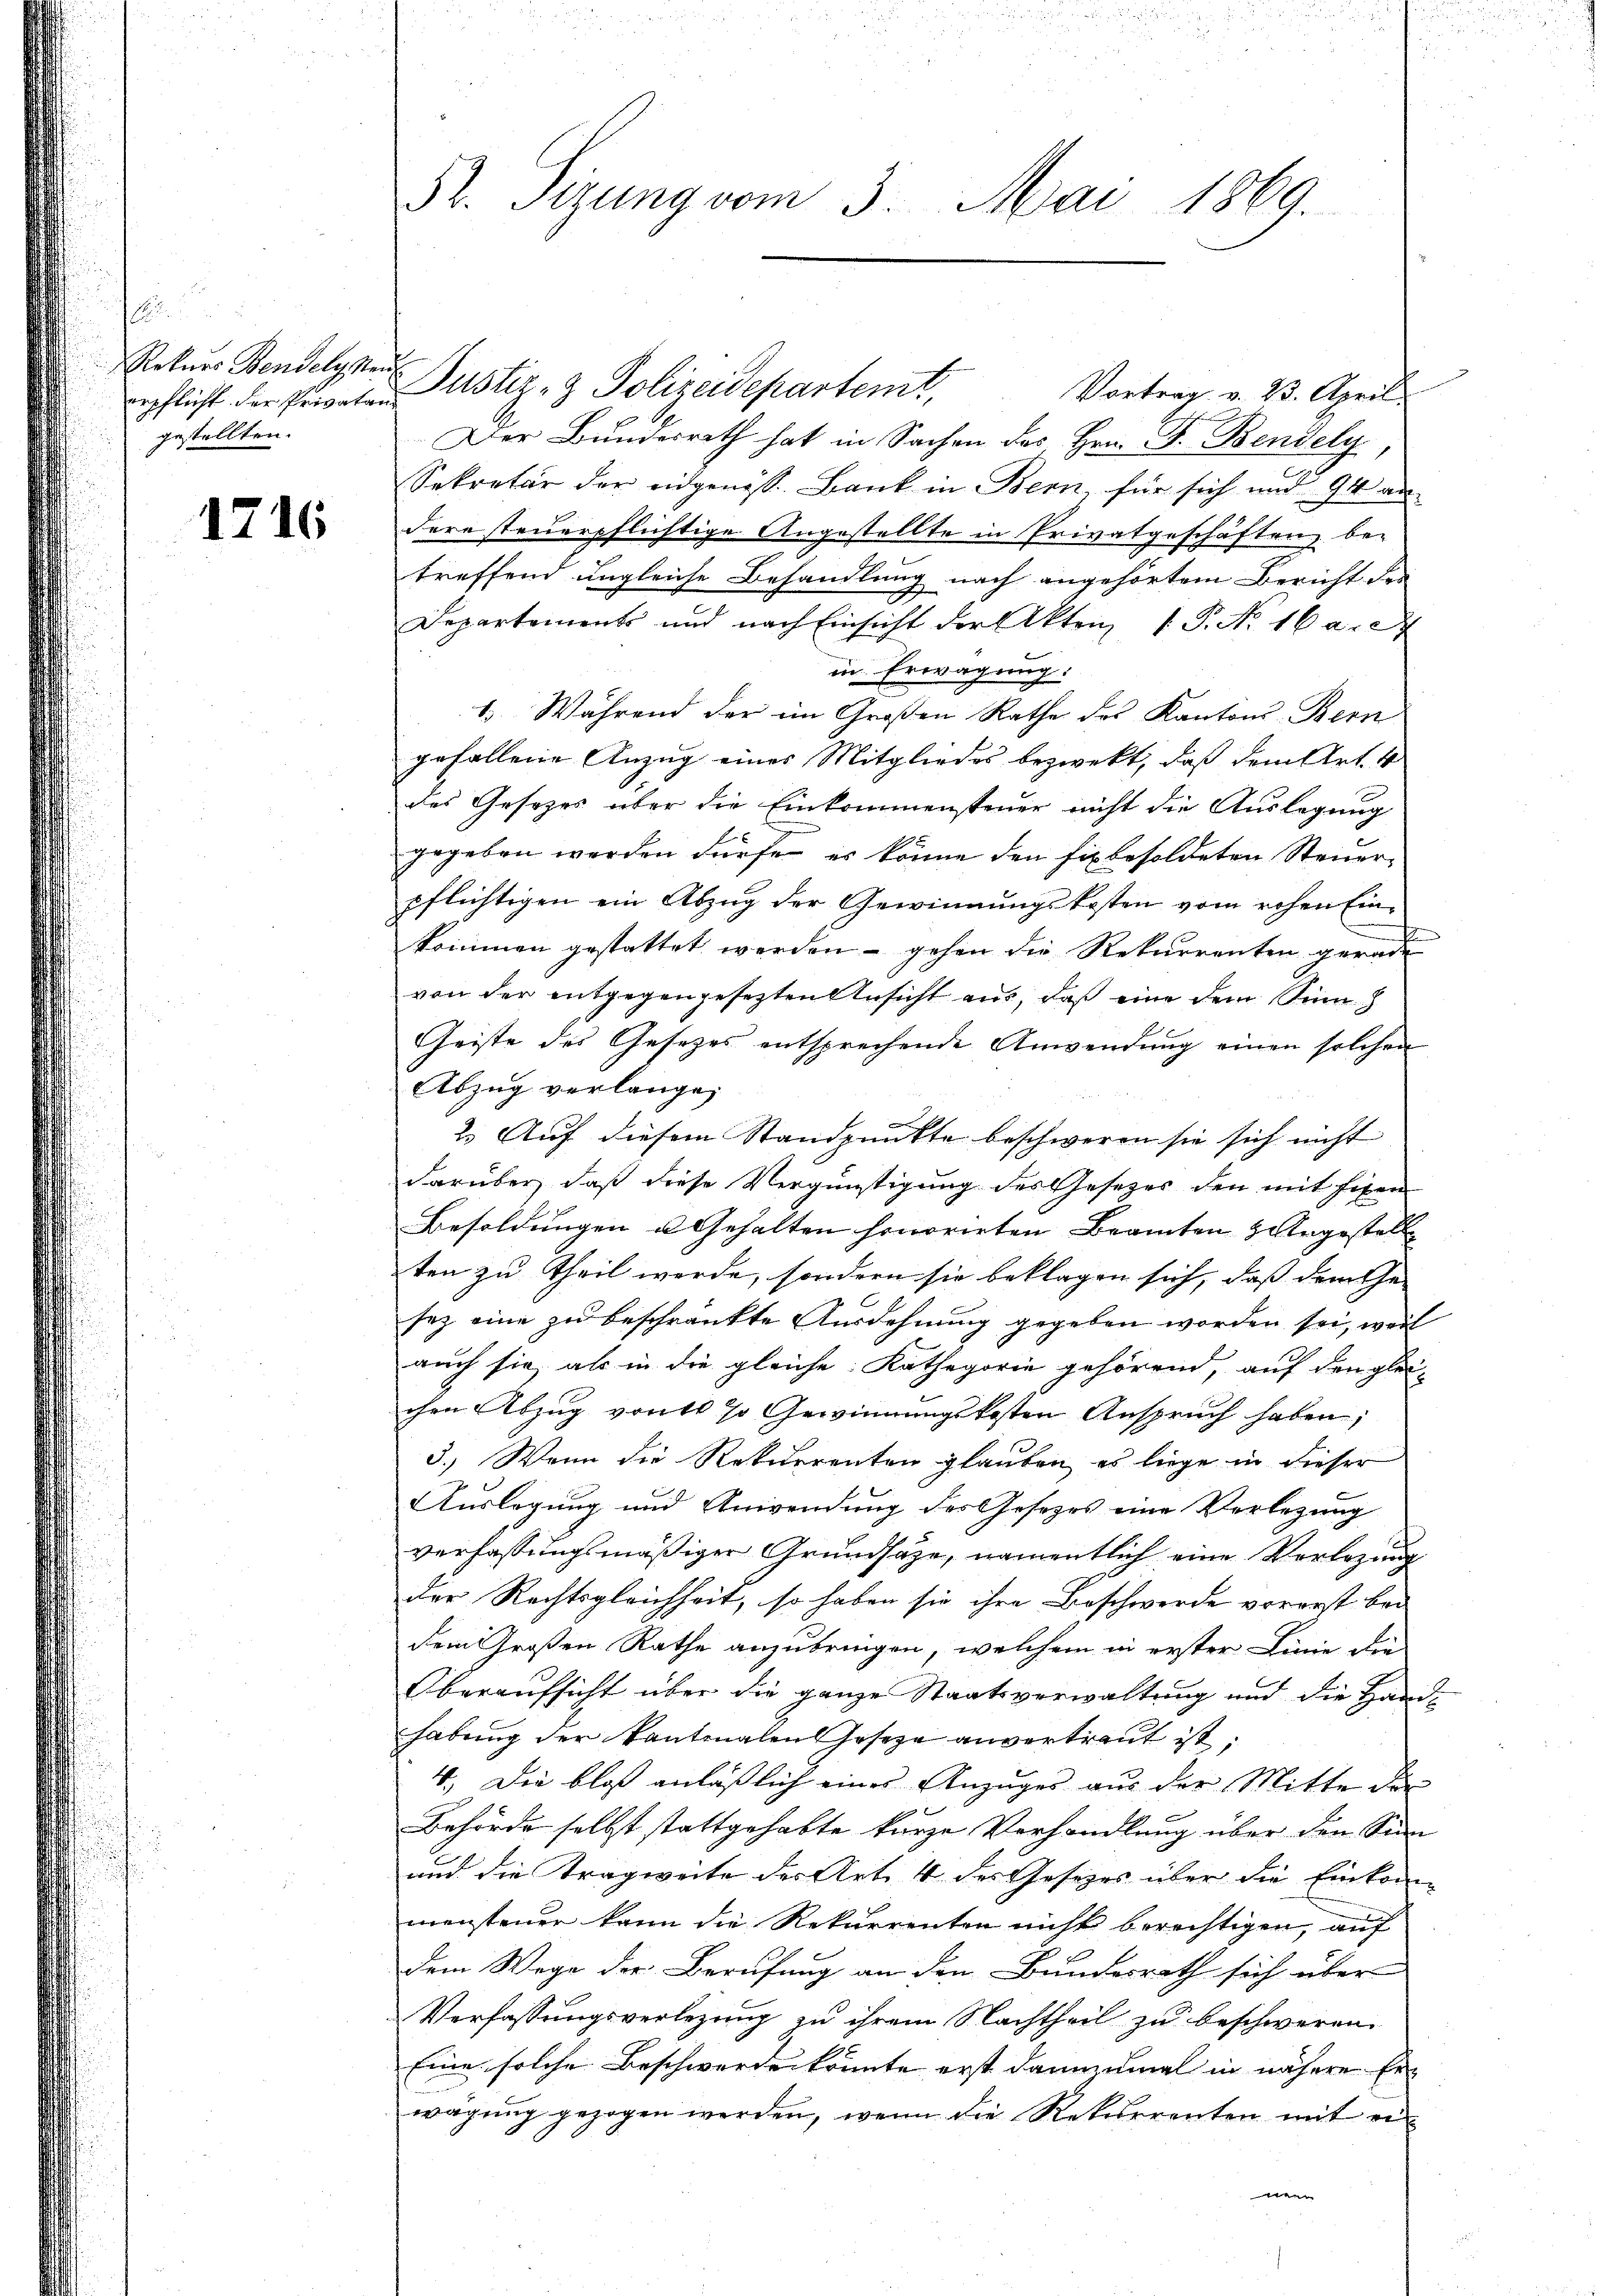
.
Rekurs Bendelysen
erpflicht der Privatan
gestellten.

1716

52. Sizung vom 3. Mai 1869.

Justiz- & Polizeidepartem Vortrag v. 23. April
Der Bundesrath hat in Sachen des Hrn. B. Bendely
Sekretär der eidgenöss. Bank in Bern, für sich und 94 audere steuerpflichtige Angestellte in Privatgeschäften betreffend ungleiche Behandlung nach angehörtem Bericht der
Departements und nach Einsicht der Akten 1. P. Nr. 16 a.
in Erwägung:
1. Während der im Großen Rathe des Kantons-Bern
gefallene Anzug eines Mitgliedes bezwekt, daß dem Art. 4
des Gesetzes über die Einkommensteuer nicht die Auslegung
gegeben werden dürfen, es könne den fix besoldeten Steuerpflichtigen ein Abzug der Gewinnungskosten vom rohen Einkommen gestattet werden – gehen die Rekurrenten gerad
von der entgegengesetzten Ansicht aus, daß eine dem Sinn
Geiste des Gesezes entsprechende Anwendung einen solchen
Abzug verlange,
2. Auf diesem Standpunkte beschweren sie sich nicht
darüber, daß diese Vergünstigung des Gesetzes den mit Eigen
Besoldungen u. Gehalten honorirten Beamten zergestell
ten zu theil werde, sondern sie beklagen sich, dass dem Ge-
sez eine zu beschränkte Ausdehnung gegeben worden sei, weil
auch sie, als in die gleiche Kathegorie gehörend, auf den glei-
chen Abzug von so Gewinnungskosten Anspruch haben;
3.) Wenn die Rekurrenten glauben, es liege in dieser
Auslegung und Anwendung des Gesezes eine Verlegung
verfassungsmäßiger Grundsätze, namentlich eine Verlegung
der Rechtsgleichheit, so haben sie ihre Beschwerde vorerst bei
dem Großen Rathe anzubringen, welchem in erster Linie die
Oberaufsicht über die ganze Staatsverwaltung und die Handhabung der Kantonalen Gesetze anvertraut ist.
4. Die bloß anläßlich eines Anzuges aus der Mitte der
Behörde selbst stattgehabte kurze Verhandlung über den Sinn
und die Tragweite der Art. 4 des Gesezes über die Einkom
mensteuer kann die Rekurrenten nicht berechtigen, auf
dem Wege der Berufung an den Bundesrath sich über
Verfassungsverlegung zu ihrem Nachtheil zu beschweren.
Eine solche Beschwerden könnte erst dannzumal in nähere Erwägung gezogen werden, wenn die Rekurrenten mit ei